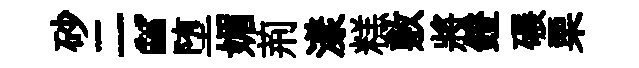
砂二“堕媚荊漾糕敷將鐙碾栗